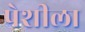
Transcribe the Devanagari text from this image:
पेशीला